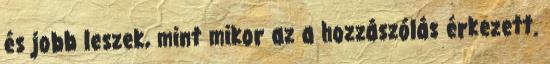
és jobb leszek, mint mikor az a hozzászólás érkezett.